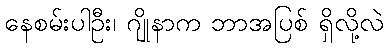
နေစမ်းပါဦး၊ ဂျိုနာက ဘာအပြစ် ရှိလို့လဲ